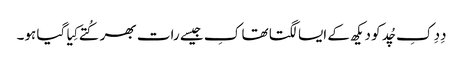
دِدِ کِ چُد کو دیکھ کے ایسا لگتا تھا کِ جیسے رات بھر کُتے کِیا گیا ہو۔